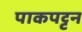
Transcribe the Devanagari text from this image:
पाकपट्टन